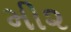
મી૨